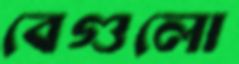
বেগুলো